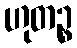
ဟုတဉ္စ